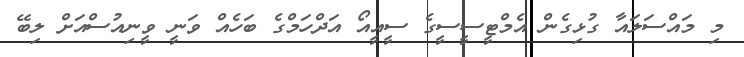
މި މައްސަލައާ ގުޅިގެން އެމްޓީސީސީގެ ސީއީއޯ އަދްހަމްގެ ބަހެއް ވަނީ ވީނިއުސްއަށް ލިބޭ